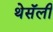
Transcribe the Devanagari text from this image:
थेसॅली